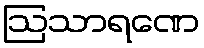
ဩသာရဏေ